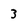
Character: 3